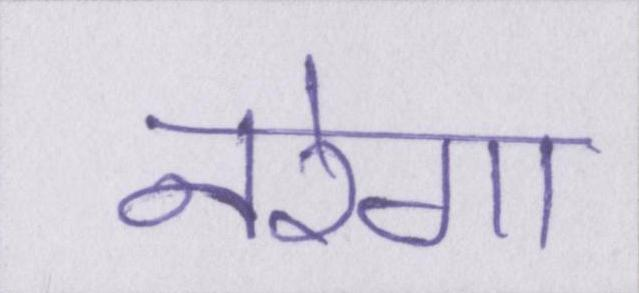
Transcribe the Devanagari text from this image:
नरेगा